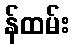
န်ထမ်း